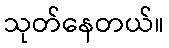
သုတ်နေတယ်။